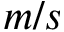
m / s